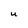
Character: u